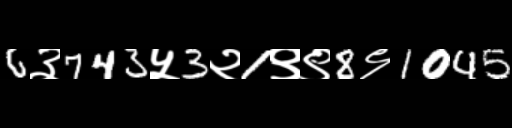
Text: 6३743५3२1९९8९1045